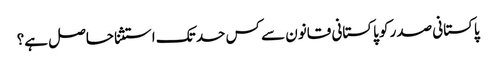
پاکستانی صدر کو پاکستانی قانون سے کس حد تک استثنا حاصل ہے؟